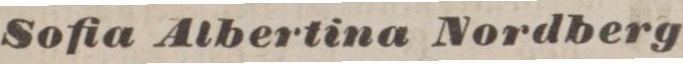
Sofia Albertina Nordberg